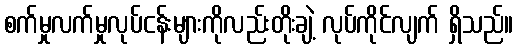
စက်မှုလက်မှုလုပ်ငန်းများကိုလည်းတိုးချဲ့ လုပ်ကိုင်လျက် ရှိသည်။